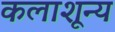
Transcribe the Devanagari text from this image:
कलाशून्य